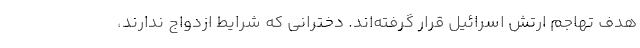
هدف تهاجم ارتش اسرائیل قرار گرفته‌اند. دخترانی که شرایط ازدواج ندارند،